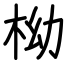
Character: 柪